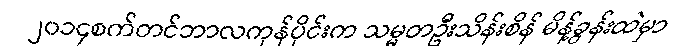
၂၀၁၄စက်တင်ဘာလကုန်ပိုင်းက သမ္မတဦးသိန်းစိန် မိန့်ခွန်းထဲမှာ